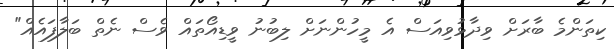
ކިތަންމެ ބާރަށް ވިދާޅުވިއަސް އެ މީހުންނަށް ލިބުނު ވީޑިއޯތައް ވެސް ނެތް ބަލާފައެއް"